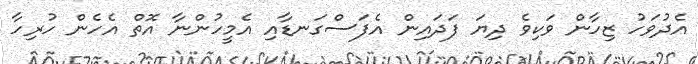
އެދުވަހު ޒިހާން ވަކިވެ ދިޔަ ފަދައިން އެފަސްގަނޑާއި އެމީހުންނާ އޮތް އެހެން ހުރިހާ